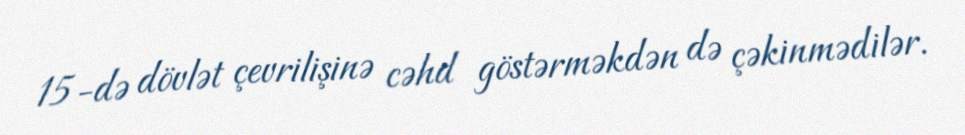
15-də dövlət çevrilişinə cəhd göstərməkdən də çəkinmədilər.